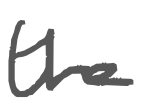
Text: the
Cross-out: clean
Writing tool: digital_gray